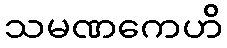
သမဏကေဟိ